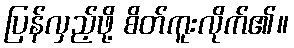
ပြန်လှည့်ဖို့ စိတ်ကူးလိုက်၏။